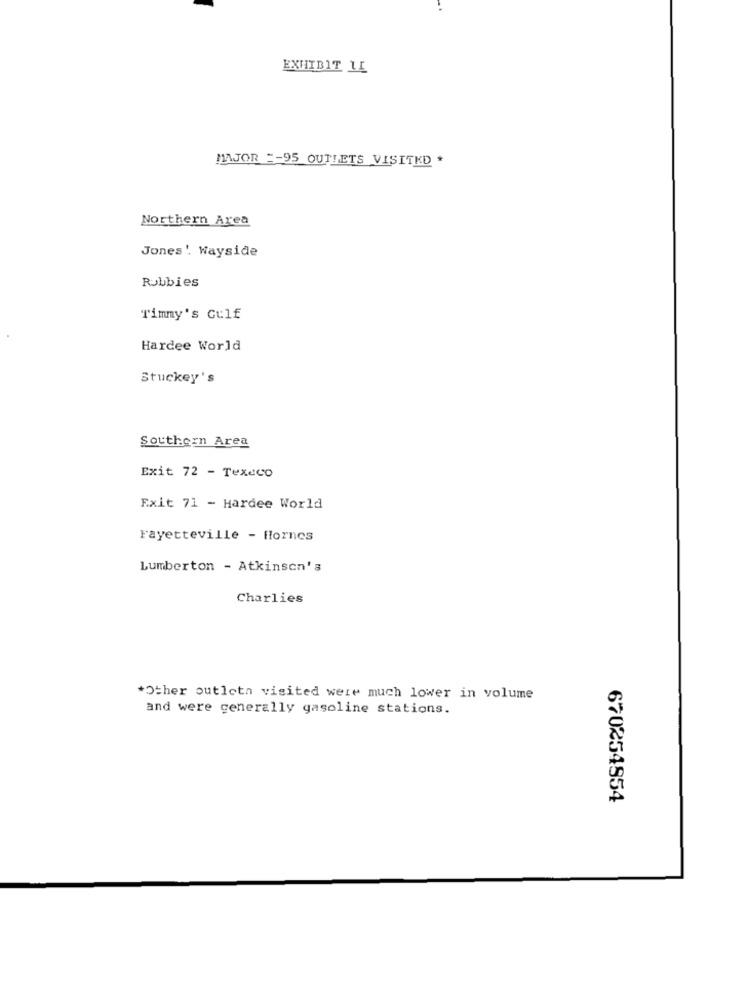
EXHIBIT LE
MAJOR =- 95 OUTLETS VISITKD *
Northern Area
Jones'. Wayside
Rubbies
Timmy's Gulf
Hardee World
Stuckey's
Southern Area
Exit 72 - Texeco
Exit 71 - Hardee World
Fayetteville - flornes
Lumberton - Atkinson's
Charlies
*Other outletn visited were much lower in volume
and were generally gasoline stations.
670254854